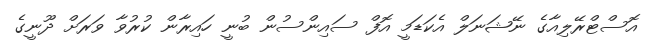
އޮސްޓްރޭލިއާގެ ނޭޝަނަލް އެކަޑަމީ އޮފް ސައިންސުން ބުނީ ހައިރާން ކުރުވާ ވަރަށް ދޫނީގެ